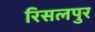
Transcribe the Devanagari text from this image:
रिसलपुर